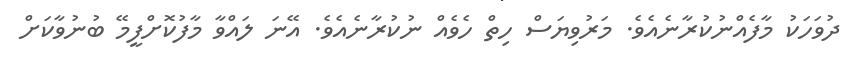
ދުވަހަކު މާފެއްނުކުރާނެއެވެ. މަރުވިޔަސް ހިތް ހެވެއް ނުކުރާނެއެވެ. އޭނަ ލައްވާ މާފުކޮށްފީމޭ ބުނުވާކަށް